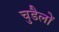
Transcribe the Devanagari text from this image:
चुडैलों